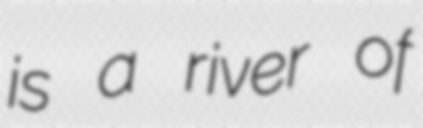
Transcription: is a river of